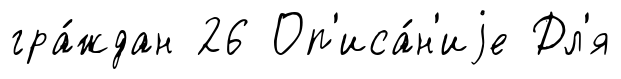
гра́ждан 26 Оп'иса́н'иjе Дл'я